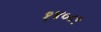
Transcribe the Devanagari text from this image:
१४०८९